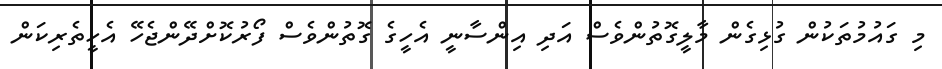
މި ގައުމުތަކުން ގުޅިގެން މާލީގޮތުންވެސް އަދި އިންސާނީ އެހީގެ ގޮތުންވެސް ފޯރުކޮށްދޭންޖެހޭ އެހީތެރިކަން